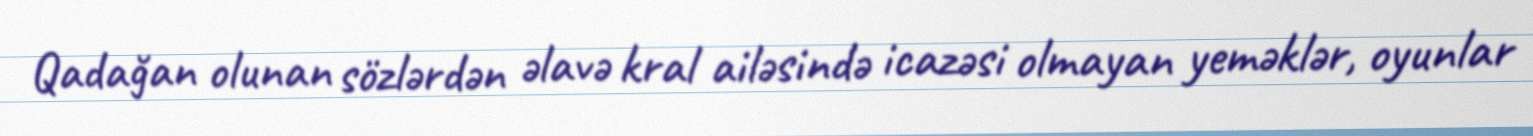
Qadağan olunan sözlərdən əlavə kral ailəsində icazəsi olmayan yeməklər, oyunlar